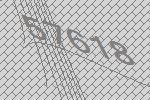
57618